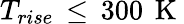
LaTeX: T_{rise}\, \leq\, 300\, \mathrm{~K~}